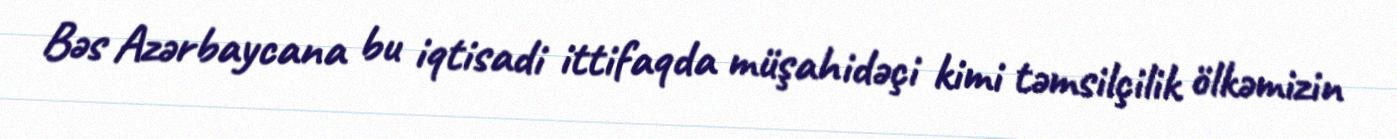
Bəs Azərbaycana bu iqtisadi ittifaqda müşahidəçi kimi təmsilçilik ölkəmizin